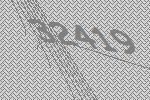
32419